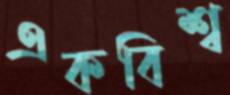
একবিশ্ব